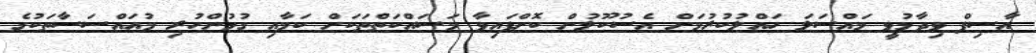
އާސިފް ވިދާޅުވީ މައްސަލަ ހައްލުކުރުމަށް އެސުކޫލުން ކޮށްފައިވާ މަސައްކަތްތަކަށް ކަމާއި ގުޅުންހުރި މުއައްސަސާތަކުގެ